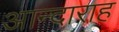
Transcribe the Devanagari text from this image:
आन्दाराह